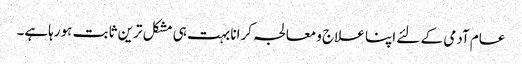
عام آدمی کے لئے اپنا علاج ومعالجہ کرانا بہت ہی مشکل ترین ثابت ہورہاہے۔